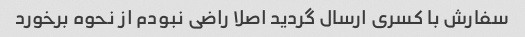
سفارش با کسری ارسال گردید اصلا راضی نبودم از نحوه برخورد